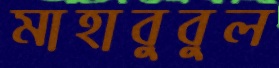
মাহাবুবুল